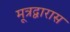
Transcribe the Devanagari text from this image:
मूत्रद्वारास